Civil Veterinary Department. United Provinces 1923-31 - 1923-1931
Year: 1923
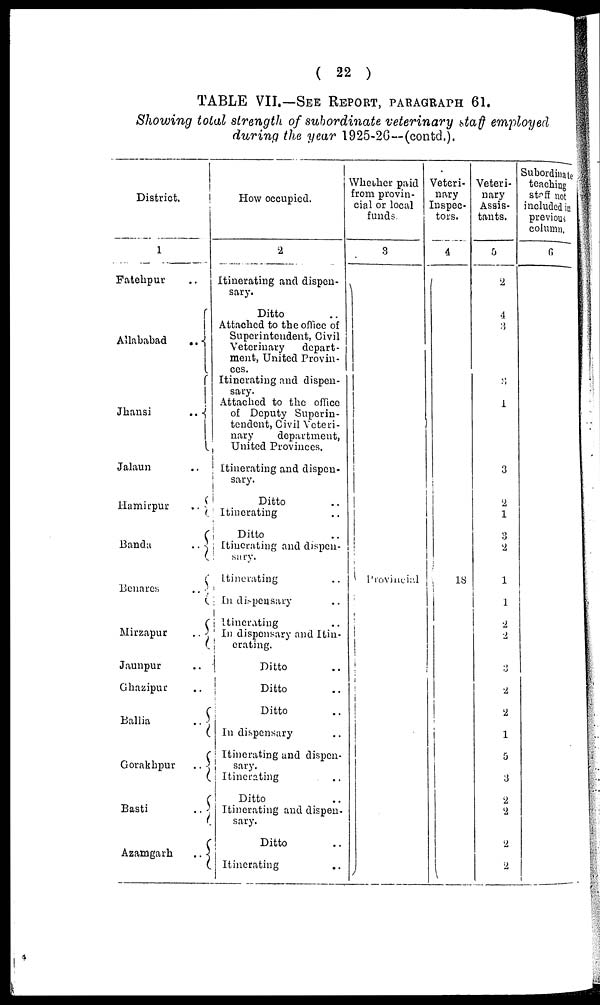
( 22 )
TABLE VII.—SEE REPORT, PARAGRAPHS 61.
Showing total strength of subordinate veterinary st af f employed
during the year l925-26--(contd.).
District.
1
Fatehpur
..
Allahabad ..
Jhansi
..
Jalaun ..
Hamirpur
..
Banda
..
Benares
..
Mirzapur
..
Jaunpur ..
Ghazipur ..
Ballia
..
Gorakhpur ..
Basti ..
Azamgarh ..
How occupied.
2
Itinerating and dispen-
sary.
Ditto ..
Attached to the office of
Superintendent, Civil
Veterinary
depart-
ment, United Provin-
ces.
Itinerating and dispen-
sary.
Attached to the office
of Deputy Superin-
tendent, Civil Veteri-
nary
department,
United Provinces.
Itinerating and dispen-
sary.
Ditto ..
Itinerating ..
Ditto ..
Itinerating and dispen-
sary.
Itinerating ..
In dispensary ..
Itinerating ..
In dispensary and Itin-
erating.
Ditto ..
Ditto ..
Ditto ..
In dispensary ..
Itinerating and dispen-
sary.
Itinerating ..
Ditto ..
Itinerating and dispen-
sary.
Ditto ..
Itinerating ..
Whether paid
from provin-
cial or local
funds.
3
Provincial
Veteri-
nary
Inspec-
tors.
4
18
Veteri-
nary
Assis-
tants.
5
2
4
3
3
1
3
2
1
3
2
1
1
2
2
3
2
2
1
5
3
2
2
2
2
Subordinate
teaching
staff not
included in
previous
column.
6